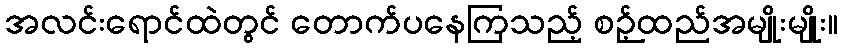
အလင်းရောင်ထဲတွင် တောက်ပနေကြသည့် စဉ့်ထည်အမျိုးမျိုး။